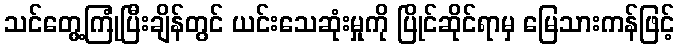
သင်တွေ့ကြုံပြီးချိန်တွင် ယင်းသေဆုံးမှုကို ပြိုင်ဆိုင်ရာမှ မြေသားကန်ဖြင့်